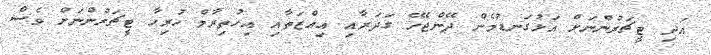
އަދި ޓީޗަރުންނަށް އަޅުގަނޑުމެން ދޭންޖެހޭ ގަދަރާއި އިއްޒަތާއި އިހުތިރާމް ހުރިހާ ޓީޗަރުންނަށް ވެސް